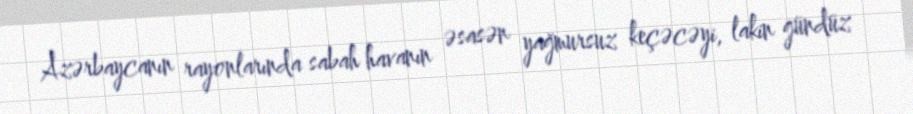
Azərbaycanın rayonlarında sabah havanın əsasən yağmursuz keçəcəyi, lakin gündüz